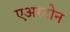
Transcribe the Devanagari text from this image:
एअरटोन